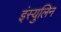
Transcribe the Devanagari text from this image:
इंस्युलिन